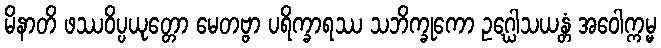
မိနာတိ ဖဿဝိပ္ပယုတ္တော မေတဗ္ဗာ ပရိက္ခာရဿ သဘိက္ခုကော ဥဂ္ဃေါသယန္တံ အဝေါက္ကမ္မ